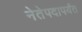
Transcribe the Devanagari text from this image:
नेतेपदापर्यंत